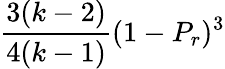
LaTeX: \frac{3(k-2)}{4(k-1)}(1-P_{r})^{3}